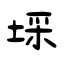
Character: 埰